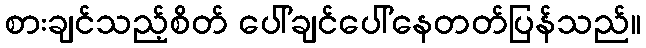
စားချင်သည့်စိတ် ပေါ်ချင်ပေါ်နေတတ်ပြန်သည်။